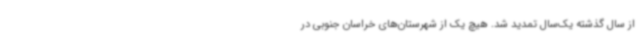
از سال گذشته یک‌سال تمدید شد. هیچ یک از شهرستان‌های خراسان جنوبی در